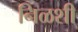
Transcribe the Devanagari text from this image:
निळशी